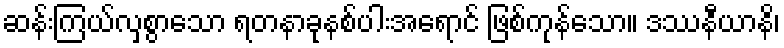
ဆန်းကြယ်လှစွာသော ရတနာခုနစ်ပါးအရောင် ဖြစ်ကုန်သော။ ဒဿနီယာနိ၊